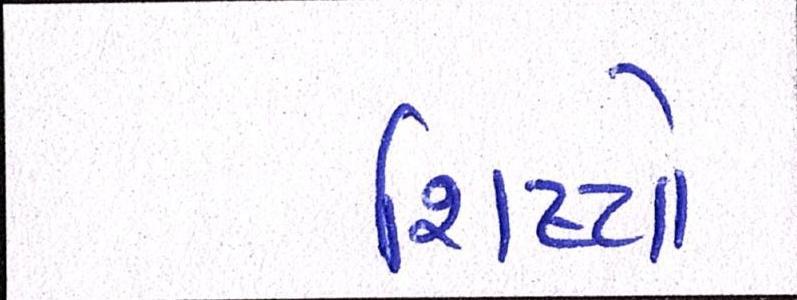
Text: શિષ્યો